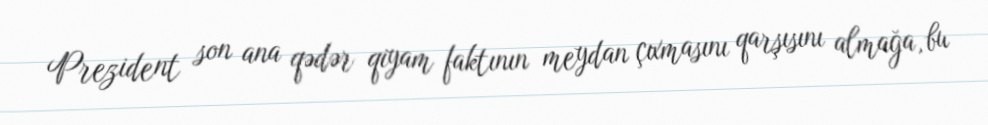
Prezident son ana qədər qiyam faktının meydan çıxmasını qarşısını almağa, bu